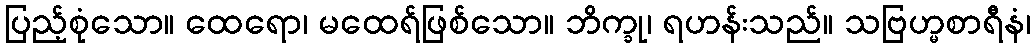
ပြည့်စုံသော။ ထေရော၊ မထေရ်ဖြစ်သော။ ဘိက္ခု၊ ရဟန်းသည်။ သဗြဟ္မစာရီနံ၊